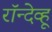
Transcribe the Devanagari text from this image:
रॉन्देव्हू